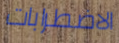
الاضطرابات